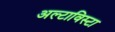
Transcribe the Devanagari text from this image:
अल्टाविस्टा